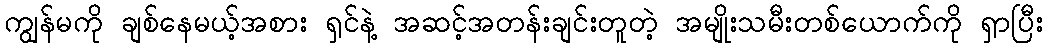
ကျွန်မကို ချစ်နေမယ့်အစား ရှင်နဲ့ အဆင့်အတန်းချင်းတူတဲ့ အမျိုးသမီးတစ်ယောက်ကို ရှာပြီး